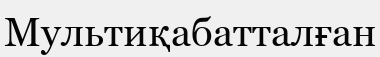
Мультиқабатталған